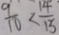
\frac { 9 } { 1 0 } < \frac { 1 4 } { 1 5 }